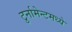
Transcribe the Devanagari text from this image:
टुर्नामेन्टमध्ये